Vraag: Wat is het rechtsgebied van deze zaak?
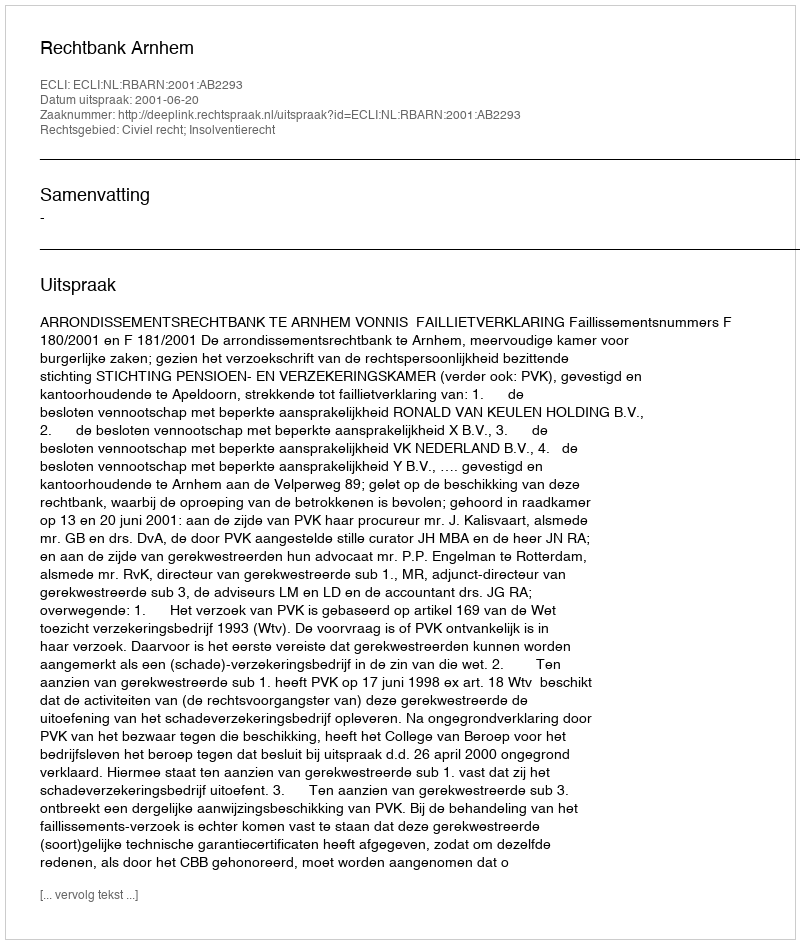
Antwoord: Civiel recht; Insolventierecht